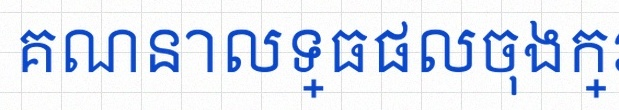
គណនាលទ្ធផលចុងក្រោយ